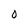
Character: O